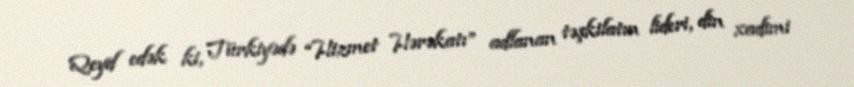
Qeyd edək ki, Türkiyədə “Hizmet Hərəkatı” adlanan təşkilatın lideri, din xadimi